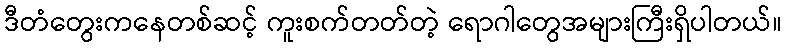
ဒီတံတွေးကနေတစ်ဆင့် ကူးစက်တတ်တဲ့ ရောဂါတွေအများကြီးရှိပါတယ်။